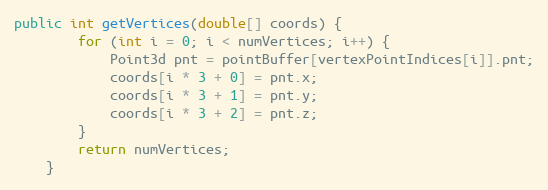
Language: Java
public int getVertices(double[] coords) {
        for (int i = 0; i < numVertices; i++) {
            Point3d pnt = pointBuffer[vertexPointIndices[i]].pnt;
            coords[i * 3 + 0] = pnt.x;
            coords[i * 3 + 1] = pnt.y;
            coords[i * 3 + 2] = pnt.z;
        }
        return numVertices;
    }